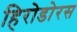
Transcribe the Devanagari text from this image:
हिरोडोरस